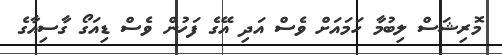
މޮރިޝަސް ލިބުމާ ހަމައަށް ވެސް އަދި އޭގެ ފަހުން ވެސް ޑިއަގޯ ގާސިއާގެ